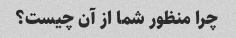
چرا منظور شما از آن چیست؟